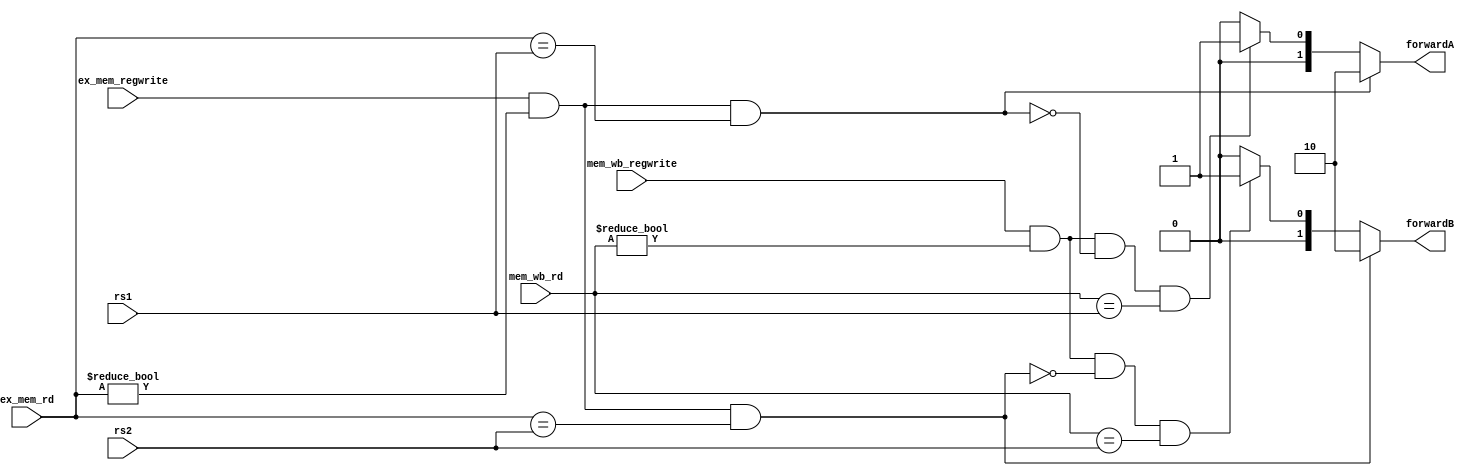
`timescale 1ns / 1ps
//////////////////////////////////////////////////////////////////////////////////
// Company: 
// Engineer: 
// 
// Design Name: 
// Module Name: forwarding
// Project Name: 
// Target Devices: 
// Tool Versions: 
// Description: 
// 
// Dependencies: 
// 
// Revision:
// Revision 0.01 - File Created
// Additional Comments:
// 
//////////////////////////////////////////////////////////////////////////////////


module forwarding(input [4:0] rs1,
                  input [4:0] rs2,
                  input [4:0] ex_mem_rd,
                  input [4:0] mem_wb_rd,
                  input ex_mem_regwrite,
                  input mem_wb_regwrite,
                  output reg [1:0] forwardA,forwardB);
       
     always @(*) begin
        if ((ex_mem_regwrite) && (ex_mem_rd != 0) && (ex_mem_rd == rs1)) begin
            forwardA = 2'b10;
        end
        else begin
            if (mem_wb_regwrite && 
            (mem_wb_rd != 0) && 
            !(ex_mem_regwrite && (ex_mem_rd != 0) && (ex_mem_rd == rs1)) 
            && (mem_wb_rd == rs1)) begin
                forwardA = 2'b01;
            end 
            else begin
                forwardA = 2'b00;
            end
        end
        
        if ((ex_mem_regwrite) && (ex_mem_rd != 0) && (ex_mem_rd == rs2)) begin
            forwardB = 2'b10;
        end 
        else begin
            if (mem_wb_regwrite && (mem_wb_rd != 0) && 
                !(ex_mem_regwrite && (ex_mem_rd != 0) && 
                (ex_mem_rd == rs2)) &&
                (mem_wb_rd == rs2)) begin
                    forwardB = 2'b01;
            end 
            else begin 
                forwardB = 2'b00;
            end
        end
    end
       
endmodule